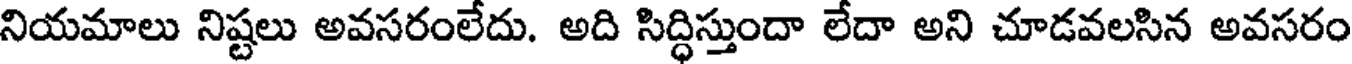
నియమాలు నిష్టలు అవసరంలేదు. అది సిద్ధిస్తుందా లేదా అని చూడవలసిన అవసరం